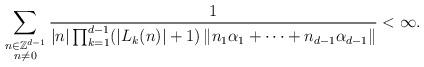
LaTeX: \begin{align*}\sum_{\substack{n \in \mathbb{Z}^{d-1}\\ n \neq 0}} \frac{1}{|n| \prod_{k=1}^{d-1} (|L_k (n)|+1) \left\| n_1 \alpha_1 + \cdots + n_{d-1} \alpha_{d-1} \right\|} < \infty .\end{align*}